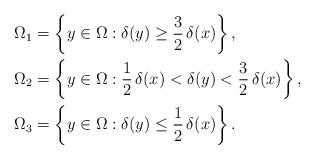
LaTeX: \begin{align*}& \Omega_1=\left\lbrace y\in\Omega:\delta(y)\geq\frac32\,\delta(x)\right\rbrace,\\& \Omega_2=\left\lbrace y\in\Omega:\frac12\,\delta(x)<\delta(y)<\frac32\,\delta(x)\right\rbrace,\\& \Omega_3=\left\lbrace y\in\Omega:\delta(y)\leq\frac12\,\delta(x)\right\rbrace.\end{align*}